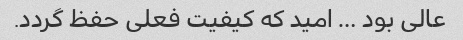
عالی بود … امید که کیفیت فعلی حفظ گردد.